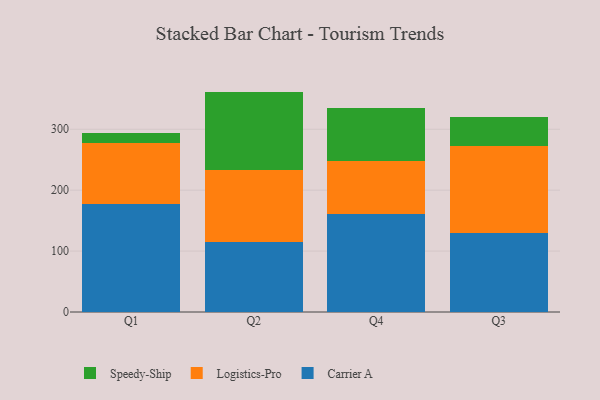
{"axis": {"x": "Quarter", "y": "Population (Million)"}, "legend": ["Carrier A", "Logistics-Pro", "Speedy-Ship"], "data": [{"x": "Q1", "y": 177.2, "type": "Carrier A"}, {"x": "Q1", "y": 99.5, "type": "Logistics-Pro"}, {"x": "Q1", "y": 16.4, "type": "Speedy-Ship"}, {"x": "Q2", "y": 114.8, "type": "Carrier A"}, {"x": "Q2", "y": 118.9, "type": "Logistics-Pro"}, {"x": "Q2", "y": 128.1, "type": "Speedy-Ship"}, {"x": "Q4", "y": 160.3, "type": "Carrier A"}, {"x": "Q4", "y": 87.8, "type": "Logistics-Pro"}, {"x": "Q4", "y": 86.8, "type": "Speedy-Ship"}, {"x": "Q3", "y": 129.7, "type": "Carrier A"}, {"x": "Q3", "y": 142.8, "type": "Logistics-Pro"}, {"x": "Q3", "y": 48.3, "type": "Speedy-Ship"}]}